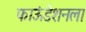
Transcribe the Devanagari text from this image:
फाऊंडेशनला